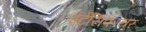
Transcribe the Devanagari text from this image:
इंटेंसिफायर